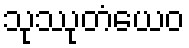
သုဿုတံယေဝ